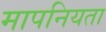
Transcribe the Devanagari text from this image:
मापनियता